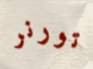
تورنر